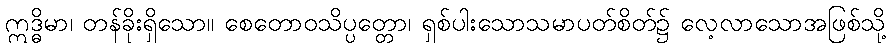
ဣဒ္ဓိမာ၊ တန်ခိုးရှိသော။ စေတောဝသိပ္ပတ္တော၊ ရှစ်ပါးသောသမာပတ်စိတ်၌ လေ့လာသောအဖြစ်သို့